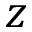
z